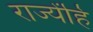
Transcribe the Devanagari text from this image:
राज्येंहि